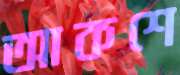
আকশে